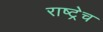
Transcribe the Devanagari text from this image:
राष्ट्रेच